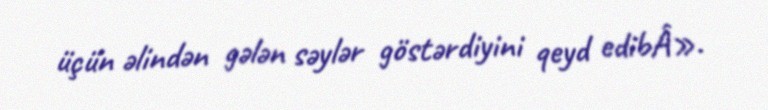
üçün əlindən gələn səylər göstərdiyini qeyd edibÂ».